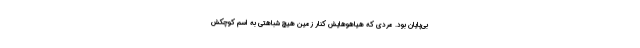
بی‌پایان بود. مردی که هیاهوهایش کنار زمین هیچ شباهتی به اسم کوچکش